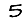
Digit: 5